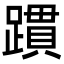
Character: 躀